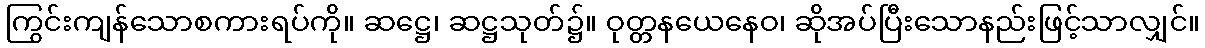
ကြွင်းကျန်သောစကားရပ်ကို။ ဆဋ္ဌေ၊ ဆဋ္ဌသုတ်၌။ ဝုတ္တနယေနေဝ၊ ဆိုအပ်ပြီးသောနည်းဖြင့်သာလျှင်။